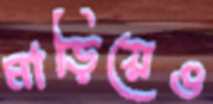
মাড়িয়েও